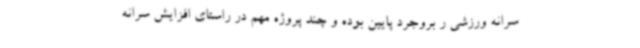
سرانه ورزشی ر بروجرد پایین بوده و چند پروژه مهم در راستای افزایش سرانه